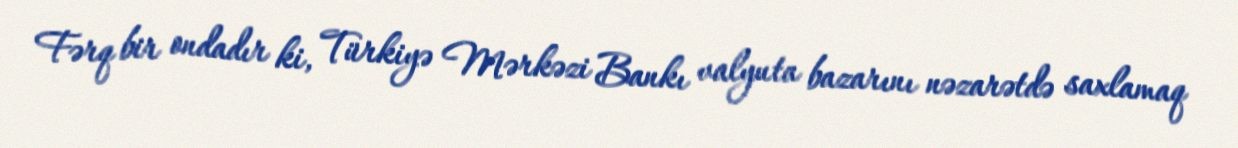
Fərq bir ondadır ki, Türkiyə Mərkəzi Bankı valyuta bazarını nəzarətdə saxlamaq